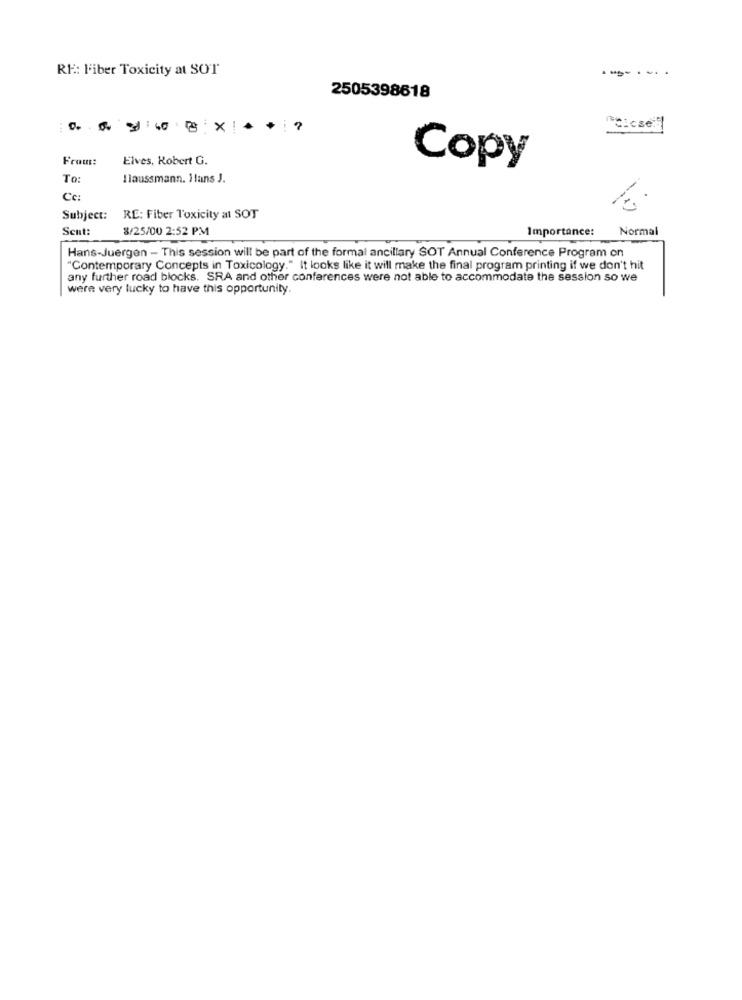
RE: l'iber Toxicity at SOT
-------
2505398618
"Close:]
Frous:
Elves, Robert G.
Copy
To:
Ilaussmann. Hans J.
Cc:
Subject: RE: Fiber Toxicity al SOT
Sent:
8/25/00 2:52 PM
Importance:
Normal
Hans-Juergen - This session will be part of the formal ancillary SOT Annual Conference Program on
"Contemporary Concepts in Toxicology." It looks like it will make the final program printing if we don't hit
any further road blocks. SRA and other conferences were not able to accommodate the session so we
were very lucky to have this opportunity.